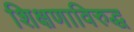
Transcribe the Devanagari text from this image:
शिक्षणाविरुद्ध